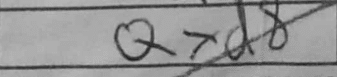
Transcription: Qxd8